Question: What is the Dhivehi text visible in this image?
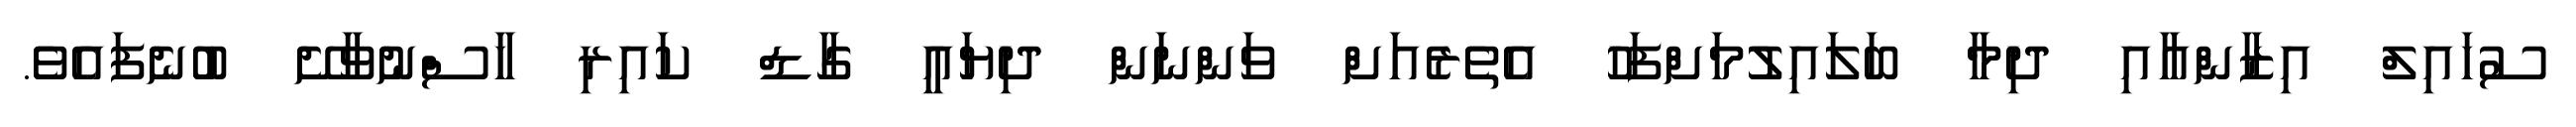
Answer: ސުހައިލް އިޒާންއާއި ދިމާ ބަލައިލުމަށްފަހު އެތެރެއަށް ވަންނަން ދިޔައީ ގާޑް ކައިރި ހާސްނުވާށޭ ބުނެފައެވެ.